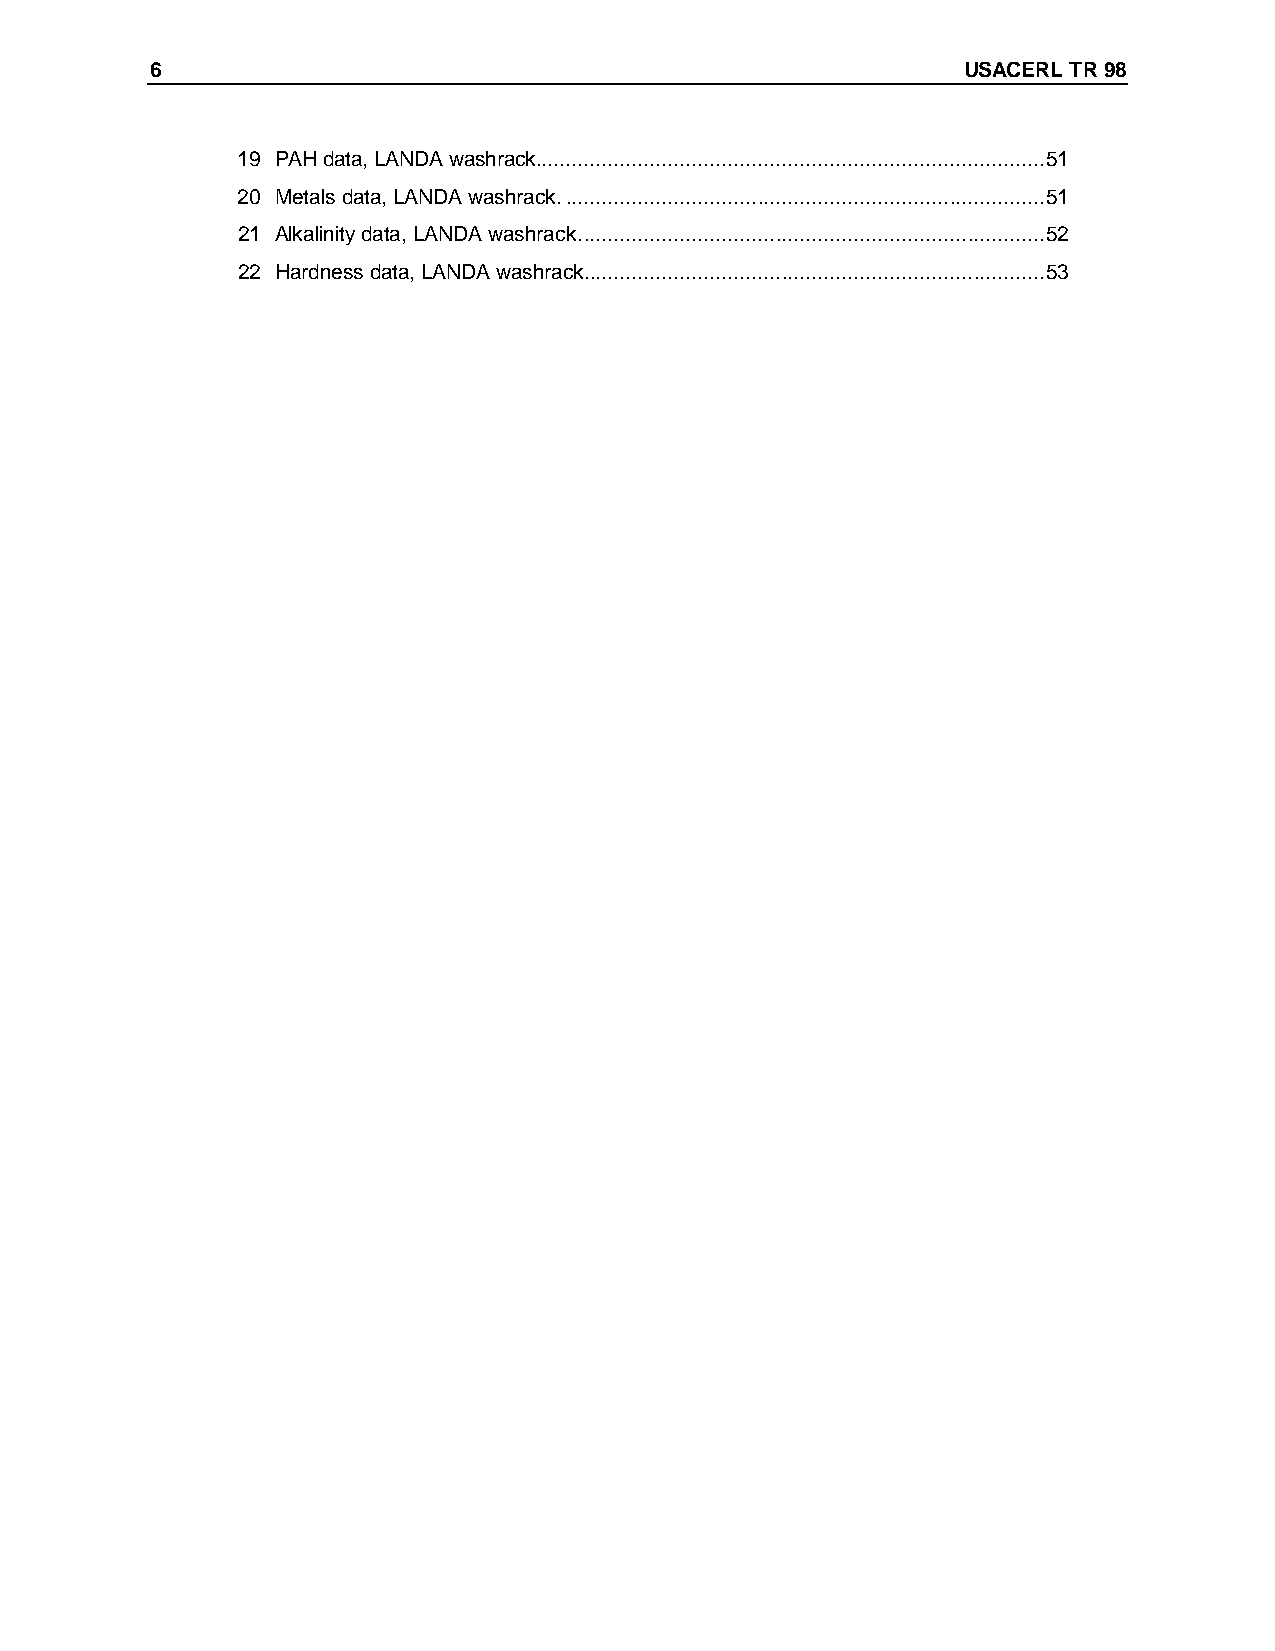
6                                                     USACERL TR 98
 19 PAH data, LANDA washrack.....................................................................................51
 20 Metals data, LANDA washrack.................................................................................51
 21 Alkalinity data, LANDA washrack..............................................................................52
 22 Hardness data, LANDA washrack.............................................................................53